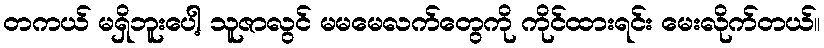
တကယ် မရှိဘူးပေါ့ သူဇာလွင် မမမေလက်တွေကို ကိုင်ထားရင်း မေးလိုက်တယ်။